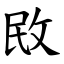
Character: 敃